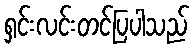
ရှင်းလင်းတင်ပြပါသည်